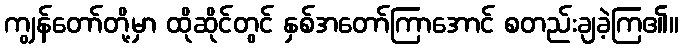
ကျွန်တော်တို့မှာ ထိုဆိုင်တွင် နှစ်အတော်ကြာအောင် စတည်းချခဲ့ကြ၏။